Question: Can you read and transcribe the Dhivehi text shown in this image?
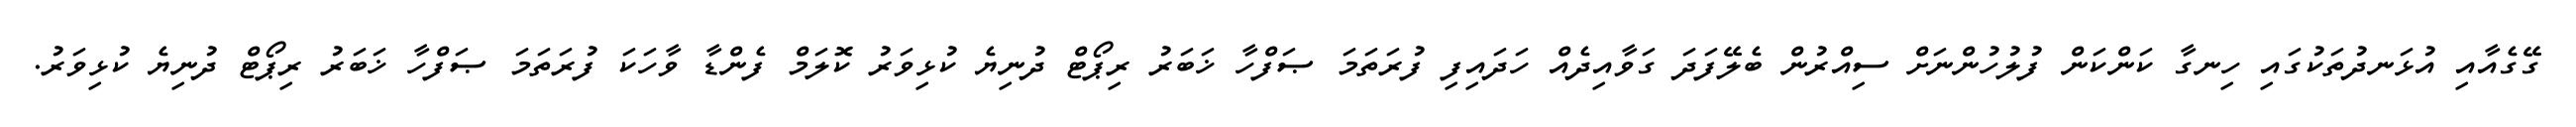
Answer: ގޭގެއާއި އުޅަނދުތަކުގައި ހިނގާ ކަންކަން ފުލުހުންނަށް ސިއްރުން ބެލޭފަދަ ގަވާއިދެއް ހަދައިފި ފުރަތަމަ ޞަފްހާ ޚަބަރު ރިޕޯޓް ދުނިޔެ ކުޅިވަރު ކޮލަމް ފެންޑާ ވާހަކަ ފުރަތަމަ ޞަފްހާ ޚަބަރު ރިޕޯޓް ދުނިޔެ ކުޅިވަރު.